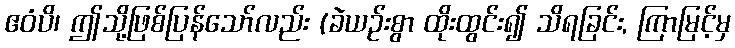
ဧဝံပိ၊ ဤသို့ဖြစ်ပြန်သော်လည်း (ခဲယဉ်းစွာ ထိုးထွင်း၍ သိရခြင်း, ကြာမြင့်မှ